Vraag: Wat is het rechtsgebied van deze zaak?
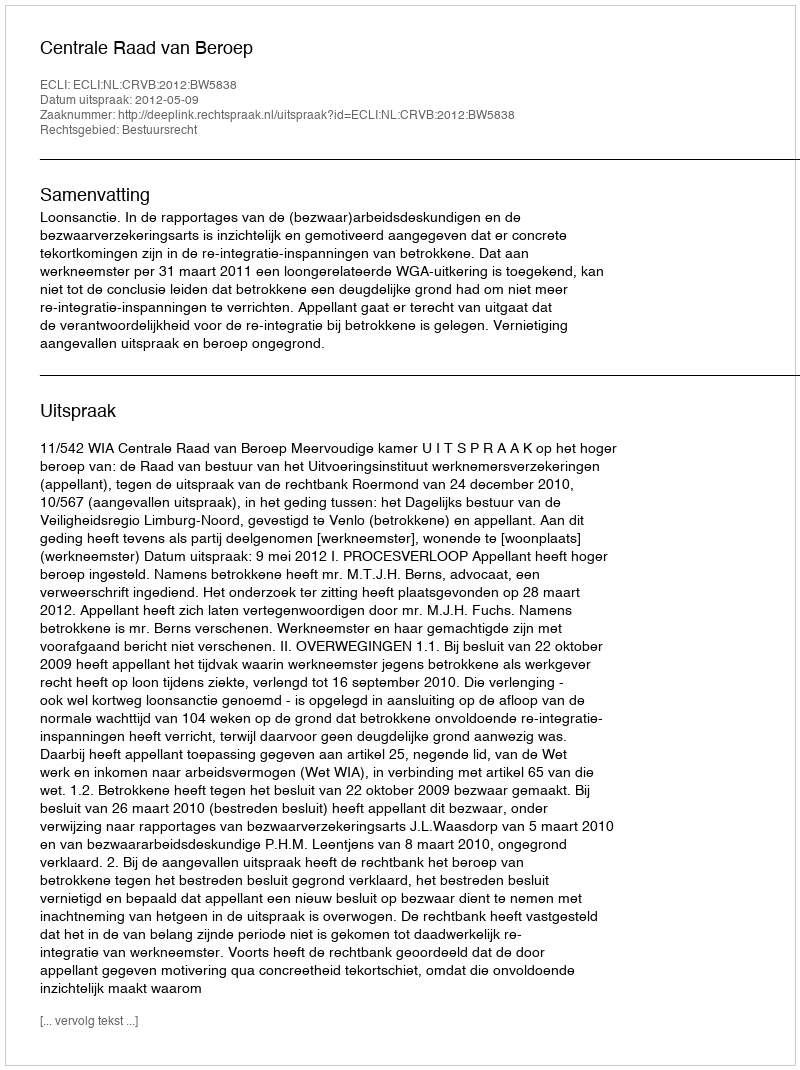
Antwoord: Bestuursrecht